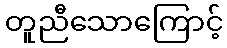
တူညီသောကြောင့်